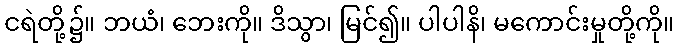
ငရဲတို့၌။ ဘယံ၊ ဘေးကို။ ဒိသွာ၊ မြင်၍။ ပါပါနိ၊ မကောင်းမှုတို့ကို။